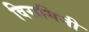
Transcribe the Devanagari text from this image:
विरागिनी